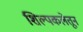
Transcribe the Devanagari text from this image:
शिल्पकलेतून